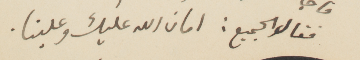
فقال الجميع. امان الله عليك وعلينا.